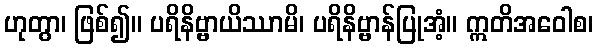
ဟုတွာ၊ ဖြစ်၍။ ပရိနိဗ္ဗာယိဿာမိ၊ ပရိနိဗ္ဗာန်ပြုအံ့။ ဣတိအဝေါစ၊